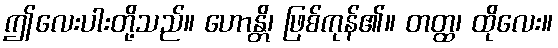
ဤလေးပါးတို့သည်။ ဟောန္တိ၊ ဖြစ်ကုန်၏။ တတ္ထ၊ ထိုလေး။